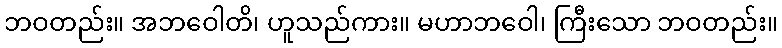
ဘဝတည်း။ အဘဝေါတိ၊ ဟူသည်ကား။ မဟာဘဝေါ၊ ကြီးသော ဘဝတည်း။